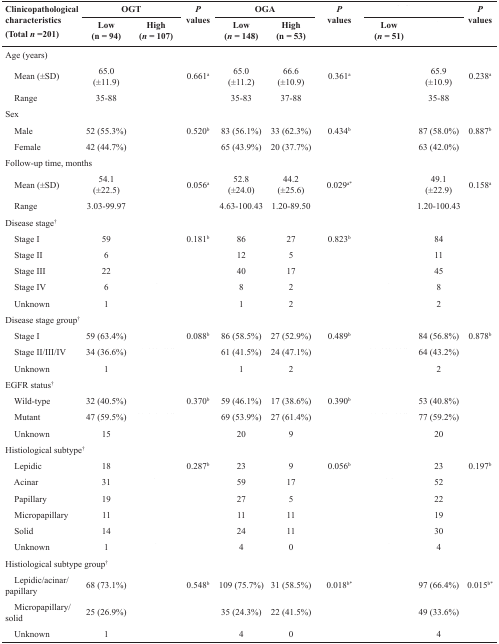
<table><thead><tr><td rowspan="2"><b>Clinicopathological characteristics (Total <i>n</i> =201)</b></td><td colspan="2"><b>OGT</b></td><td rowspan="2"><b><i>P</i> values</b></td><td colspan="2"><b>OGA</b></td><td rowspan="2"><b><i>P</i> values</b></td><td colspan="2">[EMPTY_CELL]</td><td rowspan="2"><b><i>P</i> values</b></td></tr><tr><td><b>Low (n = 94)</b></td><td><b>High (<i>n</i> = 107)</b></td><td><b>Low (<i>n</i> = 148)</b></td><td><b>High (n = 53)</b></td><td><b>Low (<i>n</i> = 51)</b></td><td>[EMPTY_CELL]</td></tr></thead><tbody><tr><td colspan="10">Age (years)</td></tr><tr><td> Mean (±SD)</td><td>65.0 (±11.9)</td><td>[EMPTY_CELL]</td><td>0.661<sup>a</sup></td><td>65.0 (±11.2)</td><td>66.6 (±10.9)</td><td>0.361<sup>a</sup></td><td>[EMPTY_CELL]</td><td>65.9 (±10.9)</td><td>0.238<sup>a</sup></td></tr><tr><td> Range</td><td>35-88</td><td>[EMPTY_CELL]</td><td>[EMPTY_CELL]</td><td>35-83</td><td>37-88</td><td>[EMPTY_CELL]</td><td>[EMPTY_CELL]</td><td>35-88</td><td>[EMPTY_CELL]</td></tr><tr><td colspan="10">Sex</td></tr><tr><td> Male</td><td>52 (55.3%)</td><td>[EMPTY_CELL]</td><td>0.520<sup>b</sup></td><td>83 (56.1%)</td><td>33 (62.3%)</td><td>0.434<sup>b</sup></td><td>[EMPTY_CELL]</td><td>87 (58.0%)</td><td>0.887<sup>b</sup></td></tr><tr><td> Female</td><td>42 (44.7%)</td><td>[EMPTY_CELL]</td><td>[EMPTY_CELL]</td><td>65 (43.9%)</td><td>20 (37.7%)</td><td>[EMPTY_CELL]</td><td>[EMPTY_CELL]</td><td>63 (42.0%)</td><td>[EMPTY_CELL]</td></tr><tr><td colspan="10">Follow-up time, months</td></tr><tr><td> Mean (±SD)</td><td>54.1 (±22.5)</td><td>[EMPTY_CELL]</td><td>0.056<sup>a</sup></td><td>52.8 (±24.0)</td><td>44.2 (±25.6)</td><td>0.029<sup>a*</sup></td><td>[EMPTY_CELL]</td><td>49.1 (±22.9)</td><td>0.158<sup>a</sup></td></tr><tr><td> Range</td><td>3.03-99.97</td><td>[EMPTY_CELL]</td><td>[EMPTY_CELL]</td><td>4.63-100.43</td><td>1.20-89.50</td><td>[EMPTY_CELL]</td><td>[EMPTY_CELL]</td><td>1.20-100.43</td><td>[EMPTY_CELL]</td></tr><tr><td colspan="10">Disease stage<sup>†</sup></td></tr><tr><td> Stage I</td><td>59</td><td>[EMPTY_CELL]</td><td>0.181<sup>b</sup></td><td>86</td><td>27</td><td>0.823<sup>b</sup></td><td>[EMPTY_CELL]</td><td>84</td><td>[EMPTY_CELL]</td></tr><tr><td> Stage II</td><td>6</td><td>[EMPTY_CELL]</td><td>[EMPTY_CELL]</td><td>12</td><td>5</td><td>[EMPTY_CELL]</td><td>[EMPTY_CELL]</td><td>11</td><td>[EMPTY_CELL]</td></tr><tr><td> Stage III</td><td>22</td><td>[EMPTY_CELL]</td><td>[EMPTY_CELL]</td><td>40</td><td>17</td><td>[EMPTY_CELL]</td><td>[EMPTY_CELL]</td><td>45</td><td>[EMPTY_CELL]</td></tr><tr><td> Stage IV</td><td>6</td><td>[EMPTY_CELL]</td><td>[EMPTY_CELL]</td><td>8</td><td>2</td><td>[EMPTY_CELL]</td><td>[EMPTY_CELL]</td><td>8</td><td>[EMPTY_CELL]</td></tr><tr><td> Unknown</td><td>1</td><td>[EMPTY_CELL]</td><td>[EMPTY_CELL]</td><td>1</td><td>2</td><td>[EMPTY_CELL]</td><td>[EMPTY_CELL]</td><td>2</td><td>[EMPTY_CELL]</td></tr><tr><td colspan="10">Disease stage group<sup>†</sup></td></tr><tr><td> Stage I</td><td>59 (63.4%)</td><td>[EMPTY_CELL]</td><td>0.088<sup>b</sup></td><td>86 (58.5%)</td><td>27 (52.9%)</td><td>0.489<sup>b</sup></td><td>[EMPTY_CELL]</td><td>84 (56.8%)</td><td>0.878<sup>b</sup></td></tr><tr><td> Stage II/III/IV</td><td>34 (36.6%)</td><td>[EMPTY_CELL]</td><td>[EMPTY_CELL]</td><td>61 (41.5%)</td><td>24 (47.1%)</td><td>[EMPTY_CELL]</td><td>[EMPTY_CELL]</td><td>64 (43.2%)</td><td>[EMPTY_CELL]</td></tr><tr><td> Unknown</td><td>1</td><td>[EMPTY_CELL]</td><td>[EMPTY_CELL]</td><td>1</td><td>2</td><td>[EMPTY_CELL]</td><td>[EMPTY_CELL]</td><td>2</td><td>[EMPTY_CELL]</td></tr><tr><td colspan="10"> EGFR status<sup>†</sup></td></tr><tr><td> Wild-type</td><td>32 (40.5%)</td><td>[EMPTY_CELL]</td><td>0.370<sup>b</sup></td><td>59 (46.1%)</td><td>17 (38.6%)</td><td>0.390<sup>b</sup></td><td>[EMPTY_CELL]</td><td>53 (40.8%)</td><td>[EMPTY_CELL]</td></tr><tr><td> Mutant</td><td>47 (59.5%)</td><td>[EMPTY_CELL]</td><td>[EMPTY_CELL]</td><td>69 (53.9%)</td><td>27 (61.4%)</td><td>[EMPTY_CELL]</td><td>[EMPTY_CELL]</td><td>77 (59.2%)</td><td>[EMPTY_CELL]</td></tr><tr><td> Unknown</td><td>15</td><td>[EMPTY_CELL]</td><td>[EMPTY_CELL]</td><td>20</td><td>9</td><td>[EMPTY_CELL]</td><td>[EMPTY_CELL]</td><td>20</td><td>[EMPTY_CELL]</td></tr><tr><td colspan="10">Histiological subtype<sup>†</sup></td></tr><tr><td> Lepidic</td><td>18</td><td>[EMPTY_CELL]</td><td>0.287<sup>b</sup></td><td>23</td><td>9</td><td>0.056<sup>b</sup></td><td>[EMPTY_CELL]</td><td>23</td><td>0.197<sup>b</sup></td></tr><tr><td> Acinar</td><td>31</td><td>[EMPTY_CELL]</td><td>[EMPTY_CELL]</td><td>59</td><td>17</td><td>[EMPTY_CELL]</td><td>[EMPTY_CELL]</td><td>52</td><td>[EMPTY_CELL]</td></tr><tr><td> Papillary</td><td>19</td><td>[EMPTY_CELL]</td><td>[EMPTY_CELL]</td><td>27</td><td>5</td><td>[EMPTY_CELL]</td><td>[EMPTY_CELL]</td><td>22</td><td>[EMPTY_CELL]</td></tr><tr><td> Micropapillary</td><td>11</td><td>[EMPTY_CELL]</td><td>[EMPTY_CELL]</td><td>11</td><td>11</td><td>[EMPTY_CELL]</td><td>[EMPTY_CELL]</td><td>19</td><td>[EMPTY_CELL]</td></tr><tr><td> Solid</td><td>14</td><td>[EMPTY_CELL]</td><td>[EMPTY_CELL]</td><td>24</td><td>11</td><td>[EMPTY_CELL]</td><td>[EMPTY_CELL]</td><td>30</td><td>[EMPTY_CELL]</td></tr><tr><td> Unknown</td><td>1</td><td>[EMPTY_CELL]</td><td>[EMPTY_CELL]</td><td>4</td><td>0</td><td>[EMPTY_CELL]</td><td>[EMPTY_CELL]</td><td>4</td><td>[EMPTY_CELL]</td></tr><tr><td colspan="10">Histiological subtype group<sup>†</sup></td></tr><tr><td> Lepidic/acinar/papillary</td><td>68 (73.1%)</td><td>[EMPTY_CELL]</td><td>0.548<sup>b</sup></td><td>109 (75.7%)</td><td>31 (58.5%)</td><td>0.018<sup>b*</sup></td><td>[EMPTY_CELL]</td><td>97 (66.4%)</td><td>0.015<sup>b*</sup></td></tr><tr><td> Micropapillary/solid</td><td>25 (26.9%)</td><td>[EMPTY_CELL]</td><td>[EMPTY_CELL]</td><td>35 (24.3%)</td><td>22 (41.5%)</td><td>[EMPTY_CELL]</td><td>[EMPTY_CELL]</td><td>49 (33.6%)</td><td>[EMPTY_CELL]</td></tr><tr><td> Unknown</td><td>1</td><td>[EMPTY_CELL]</td><td>[EMPTY_CELL]</td><td>4</td><td>0</td><td>[EMPTY_CELL]</td><td>[EMPTY_CELL]</td><td>4</td><td>[EMPTY_CELL]</td></tr></tbody></table>